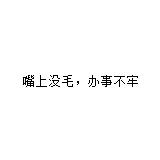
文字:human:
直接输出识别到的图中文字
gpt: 嘴上没毛，办事不牢